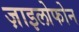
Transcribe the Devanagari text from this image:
ज़ाइलोफोन